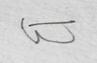
Signature authenticity: forged